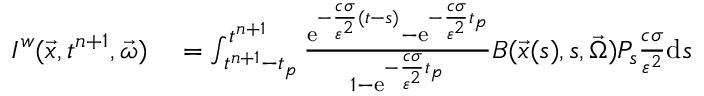
\begin{array} { r l } { I ^ { w } ( \vec { x } , t ^ { n + 1 } , \vec { \omega } ) } & { { } = \int _ { t ^ { n + 1 } - t _ { p } } ^ { t ^ { n + 1 } } \frac { \mathrm { e } ^ { - \frac { c \sigma } { \varepsilon ^ { 2 } } ( t - s ) } - \mathrm { e } ^ { - \frac { c \sigma } { \varepsilon ^ { 2 } } t _ { p } } } { 1 - \mathrm { e } ^ { - \frac { c \sigma } { \varepsilon ^ { 2 } } t _ { p } } } B ( \vec { x } ( s ) , s , \vec { \Omega } ) P _ { s } \frac { c \sigma } { \varepsilon ^ { 2 } } \mathrm { d } s } \end{array}